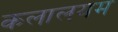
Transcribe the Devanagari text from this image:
कलालयम